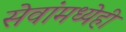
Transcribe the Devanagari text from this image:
सेवांमध्येही